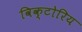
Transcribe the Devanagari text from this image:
विक्टोरिय